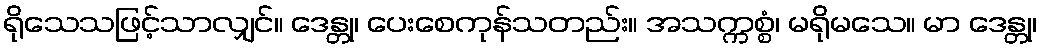
ရိုသေသဖြင့်သာလျှင်။ ဒေန္တု၊ ပေးစေကုန်သတည်း။ အသက္ကစ္စံ၊ မရိုမသေ။ မာ ဒေန္တု၊